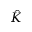
\hat { K }